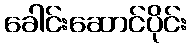
ခေါင်းဆောင်ပိုင်း